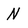
Character: N